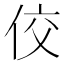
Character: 佼